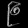
Digit: ၉